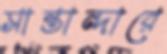
সান্তান্দারে